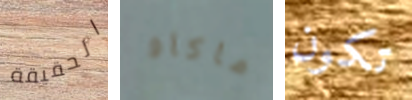
الحقيقة ماكاو تكون